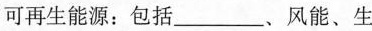
可再生能源：包括___、风能、生